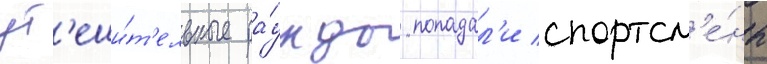
ут'еши́т'ельные ра́унды попадал'и спортсм'е́ны